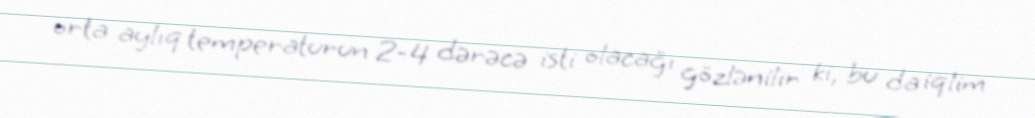
orta aylıq temperaturun 2-4 dərəcə isti olacağı gözlənilir ki, bu da iqlim